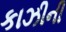
કાઝીની